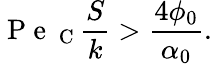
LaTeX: \mathrm{~P~e~}_{\mathrm{~C~}}\frac{S}{k}>\frac{4\phi_{0}}{\alpha_{0}}.